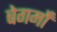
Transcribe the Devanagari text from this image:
बेगमोँ